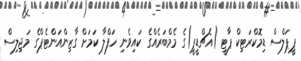
ޕީޕަލްސް ޑިމޮކްރަޓިކް ޕާޓީ (އެޗްޑީޕީ)ގެ މެމްބަރެއްގެ ކައިވެނި ހަފްލާ ކަމަށް ގާޒިންއަންޓެޕްގެ މަޖިލިސް